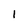
Character: l